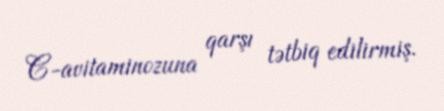
C-avitaminozuna qarşı tətbiq edilirmiş.